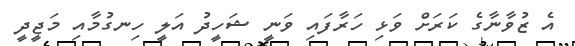
އެ ޒުވާނާގެ ކަރަށް ވަޅި ހަރާފައި ވަނީ ޝަހީދު އަލީ ހިނގުމާއި މަޖީދީ